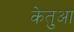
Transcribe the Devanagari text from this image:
केतुआ